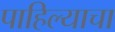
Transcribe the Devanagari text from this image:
पाहिल्याचा